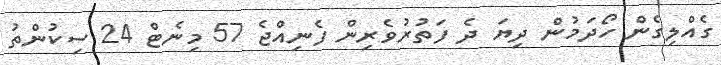
ގެއްލިގެން ހޯދަމުން ދިޔަ ދެ ފަތުރުވެރިން ފެނިއްޖެ 57 މިނެޓް 24 ސިކުންތު